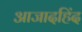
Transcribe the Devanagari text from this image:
आजादहिंद